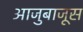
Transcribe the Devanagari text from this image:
आजुबाजूस